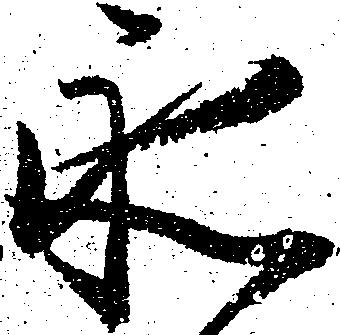
永